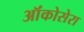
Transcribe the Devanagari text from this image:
ऑंकोसेरा